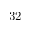
3 2